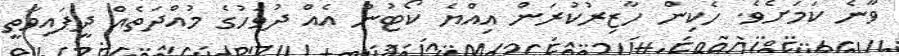
ވާނެ ކަމަށެވެ. ހެކިން ހާޒިރުކުރަން އިއްޔެ ކޯޓުން އެއް ދުވަހުގެ މުއްދަތެއް ދީފައިވާތީ